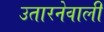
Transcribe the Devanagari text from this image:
उतारनेवाली